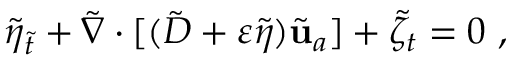
\tilde { \eta } _ { \tilde { t } } + \tilde { \nabla } \cdot [ ( \tilde { D } + \varepsilon \tilde { \eta } ) \tilde { \mathbf { u } } _ { a } ] + \tilde { \zeta } _ { t } = 0 \ ,